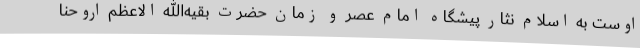
اوست به اسلام نثار پیشگاه امام عصر و زمان حضرت بقیه‌الله الاعظم اروحنا